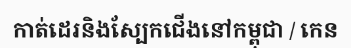
កាត់ដេរនិងស្បែកជើងនៅកម្ពុជា / កេន